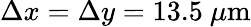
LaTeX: \Delta x=\Delta y=13.5~\mu\textrm{m}